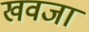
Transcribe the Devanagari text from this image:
खवजा